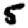
Digit: 5